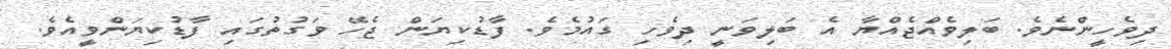
ދިވެހީންނެވެ. ބަލިވެއްޖެއްޔާ އެ ބަލިވަނީ ދިވެހި ގައުމެވެ. ފާޑުކިޔަން ޖެހޭ ވަގުތުގައި ފާޑުކިޔަންވީއެވެ.